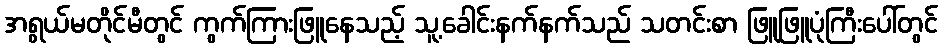
အရွယ်မတိုင်မီတွင် ကွက်ကြားဖြူနေသည့် သူ့ခေါင်းနက်နက်သည် သတင်းစာ ဖြူဖြူပုံကြီးပေါ်တွင်